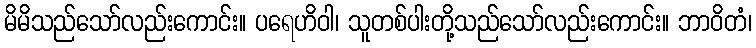
မိမိသည်သော်လည်းကောင်း။ ပရေဟိဝါ၊ သူတစ်ပါးတို့သည်သော်လည်းကောင်း။ ဘာဝိတံ၊